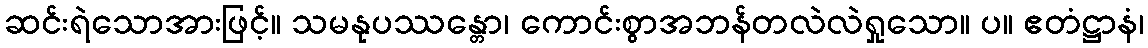
ဆင်းရဲသောအားဖြင့်။ သမနုပဿန္တော၊ ကောင်းစွာအဘန်တလဲလဲရှုသော။ ပ။ ဧတံဋ္ဌာနံ၊